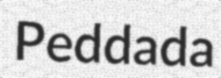
Peddada